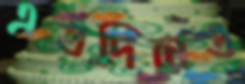
এতদিনেও